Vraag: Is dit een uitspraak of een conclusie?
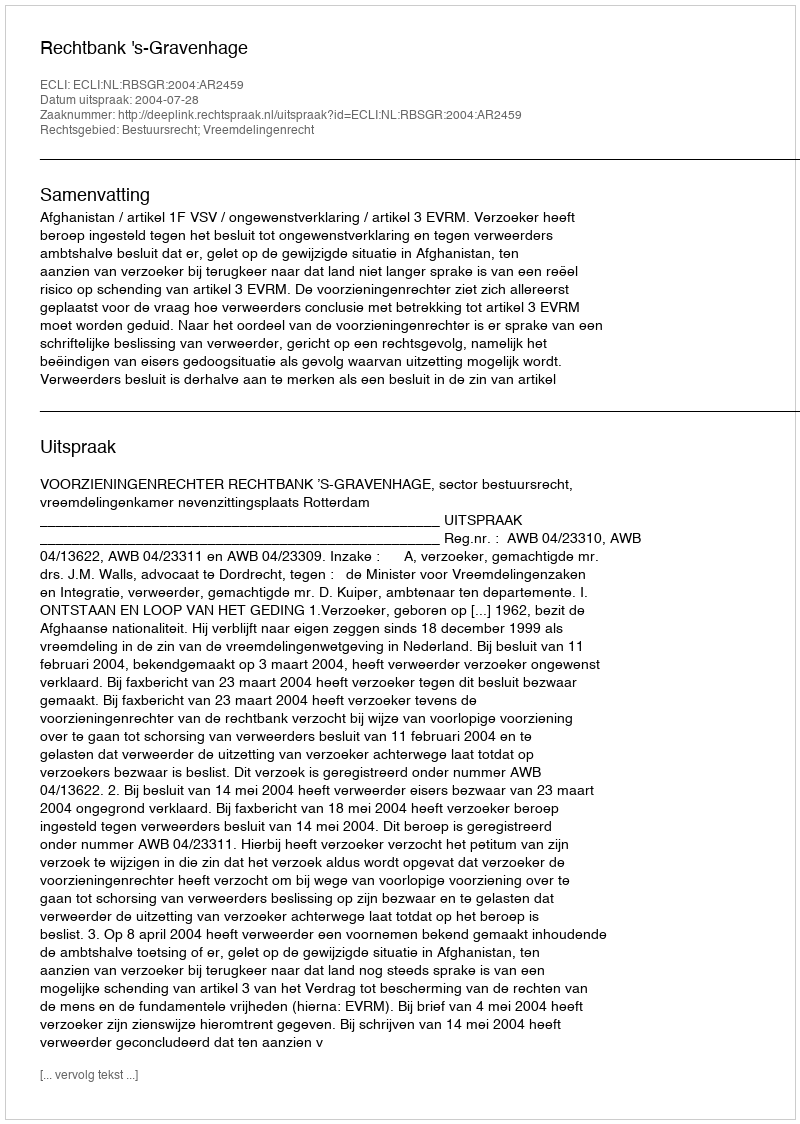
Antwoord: Uitspraak